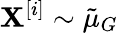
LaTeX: \mathbf{X}^{[i]}\sim\tilde{\mu}_{G}